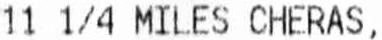
11 1/4 MILES CHERAS,